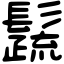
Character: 𩯕